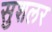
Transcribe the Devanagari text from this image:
सुशलर